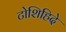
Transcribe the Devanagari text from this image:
टोशिहिदे